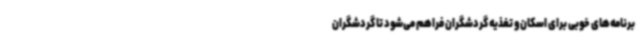
برنامه‌های خوبی برای اسکان و تغذیه گردشگران فراهم ‌می‌شود تا گردشگران